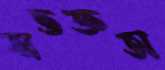
অভজ্ঞতা